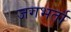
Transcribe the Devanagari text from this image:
जगभर्ता